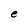
Character: e